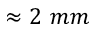
\approx 2 ~ m m